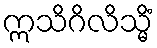
ဣသိဂိလိသ္မိံ